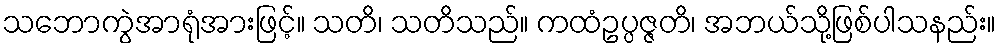
သဘောကွဲအာရုံအားဖြင့်။ သတိ၊ သတိသည်။ ကထံဥပ္ပဇ္ဇတိ၊ အဘယ်သို့ဖြစ်ပါသနည်း။